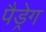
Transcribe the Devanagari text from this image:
पैड्रेग